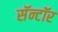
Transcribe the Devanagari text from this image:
सॅन्टॉर